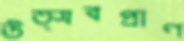
উত্সবপ্রাণ